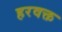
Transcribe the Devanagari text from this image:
हरवक्त